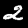
Label: 2